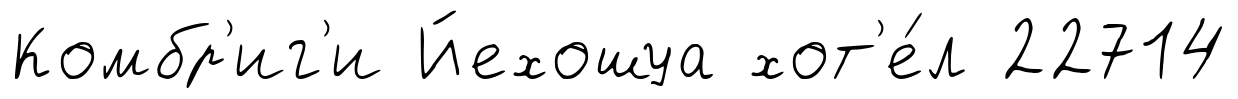
Комбр'иг'и Йехошуа хот'е́л 22714